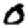
Digit: 0